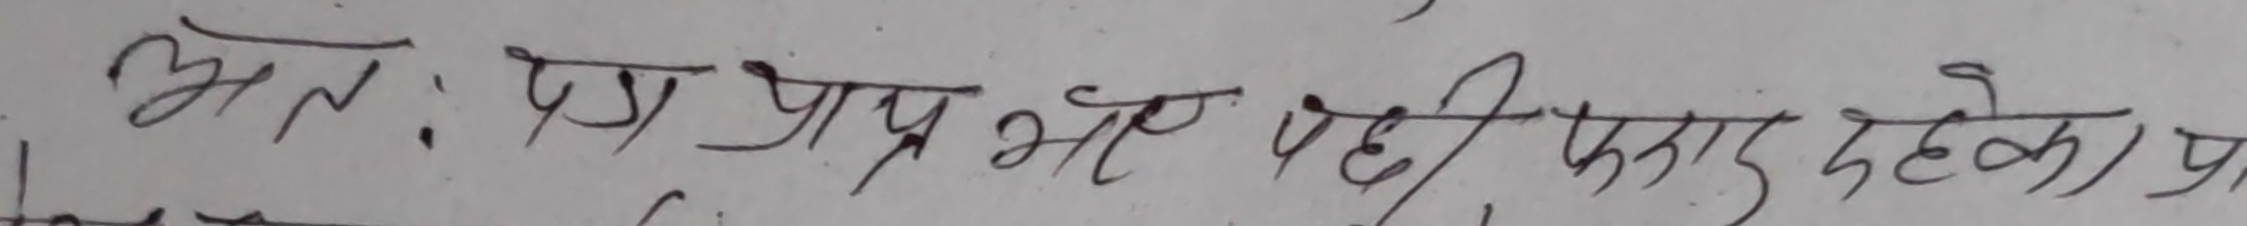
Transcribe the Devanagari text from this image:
अतः पत्र प्राप्त भयो, यही प्रकार दहे का प्र